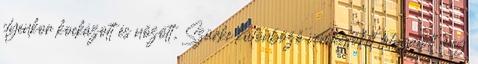
ilyenkor kockázott és nőzött, Szürke különböző vendéglőket látogatott meg